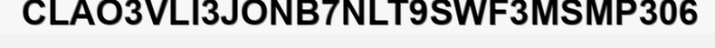
CLAO3VLI3JONB7NLT9SWF3MSMP306